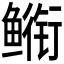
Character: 𮬣